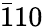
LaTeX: \bar{1}10